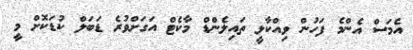
އެމަސް އެންމެ ފަހުން ވިއްކާލީ ތައިލެންޑް މާކެޓް އަގަށްވުރެ ޑަބަލް ކުޑަކޮށް މީ